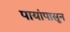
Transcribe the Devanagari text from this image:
पायांपासून